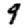
Digit: 9